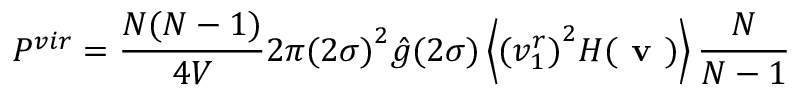
P ^ { v i r } = \frac { N ( N - 1 ) } { 4 V } 2 \pi { ( 2 \sigma ) } ^ { 2 } { \hat { g } } ( 2 \sigma ) \left\langle { ( v _ { 1 } ^ { r } ) } ^ { 2 } H ( \textbf { v } ) \right\rangle \frac { N } { N - 1 }